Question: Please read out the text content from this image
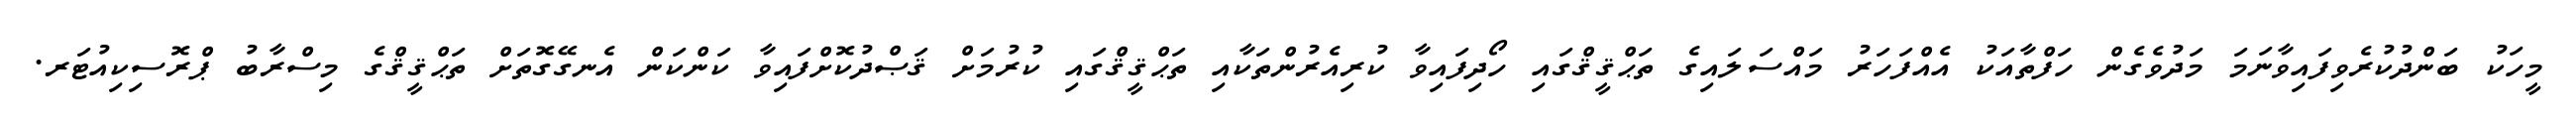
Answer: މީހަކު ބަންދުކުރެވިފައިވާނަމަ މަދުވެގެން ހަފްތާއަކު އެއްފަހަރު މައްސަލައިގެ ތަޙްޤީޤްގައި ހޯދިފައިވާ ކުރިއެރުންތަކާއި ތަޙްޤީޤްގައި ކުރުމަށް ޤަޞްދުކޮށްފައިވާ ކަންކަން އެނގޭގޮތަށް ތަޙްޤީޤްގެ މިސްރާބު ޕްރޮސިކިއުޓަރ.